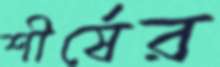
শীর্ষের